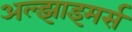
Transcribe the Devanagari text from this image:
अल्झाइमर्स